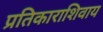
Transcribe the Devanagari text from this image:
प्रतिकाराशिवाय